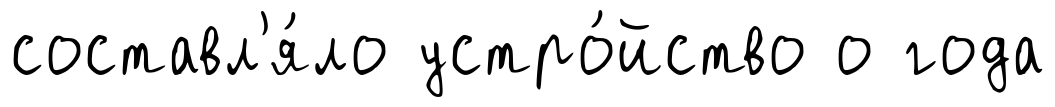
составл'я́ло устро́йство о года